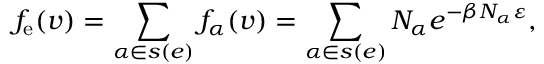
f _ { \mathrm { e } } ( \v { v } ) = \sum _ { \alpha \in s ( e ) } f _ { \alpha } ( \v { v } ) = \sum _ { \alpha \in s ( e ) } N _ { \alpha } e ^ { - \beta N _ { \alpha } \varepsilon } ,